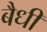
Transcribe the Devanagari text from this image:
बैधी